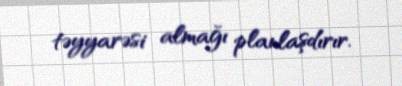
təyyarəsi almağı planlaşdırır.